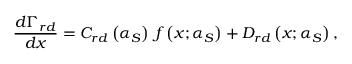
\frac { d \Gamma _ { r d } } { d x } = C _ { r d } \left( \alpha _ { S } \right) \, f \left( x ; \alpha _ { S } \right) + D _ { r d } \left( x ; \alpha _ { S } \right) ,